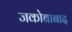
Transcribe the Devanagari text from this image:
जकोबाबाद